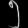
Digit: ၅